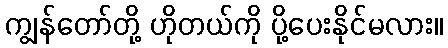
ကျွန်တော်တို့ ဟိုတယ်ကို ပို့ပေးနိုင်မလား။